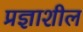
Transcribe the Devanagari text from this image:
प्रज्ञाशील